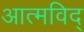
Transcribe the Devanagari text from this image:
आत्मविद्